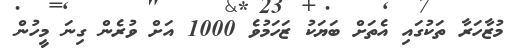
މުޒާހަރާ ތަކުގައި އެތަށް ބަޔަކު ޒަހަމުވެ 1000 އަށް ވުރެން ގިނަ މީހުން